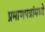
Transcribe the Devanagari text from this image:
प्रमाणपत्रांमध्ये